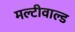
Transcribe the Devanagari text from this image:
मल्टीवाल्ड